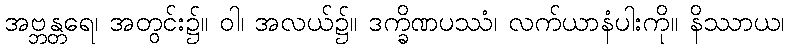
အဗ္ဘန္တရေ၊ အတွင်း၌။ ဝါ၊ အလယ်၌။ ဒက္ခိဏပဿံ၊ လက်ယာနံပါးကို။ နိဿာယ၊